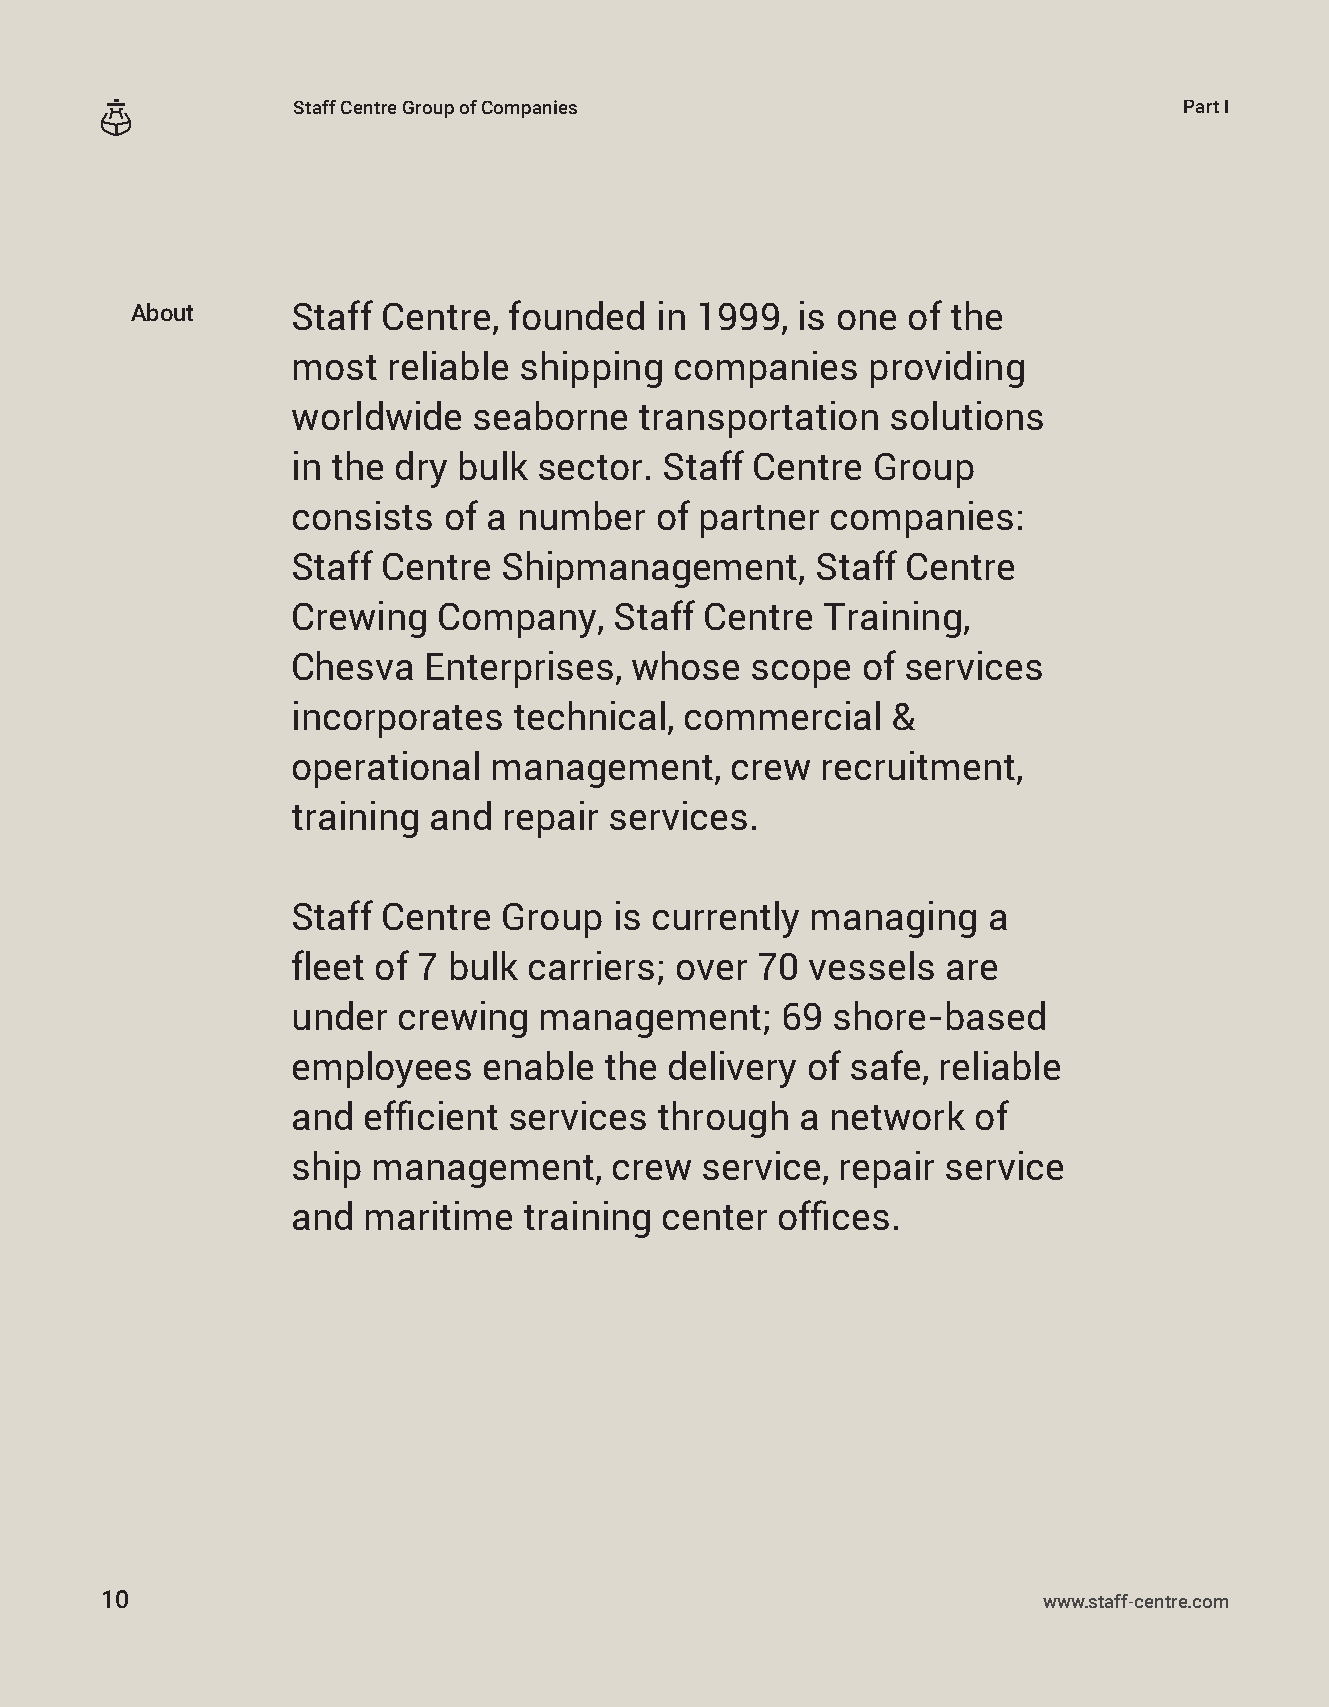
Staff Centre Group of Companies                            Part I
 About     Staff Centre,  founded  in 1999,  is one of the
 most   reliable shipping  companies   providing
 worldwide   seaborne   transportation   solutions
 in the dry bulk  sector. Staff Centre  Group
 consists  of a number   of partner  companies:
 Staff Centre  Shipmanagement,      Staff Centre
 Сrewing   Company,    Staff Centre  Training,
 Chesva   Enterprises,  whose   scope  of services
 incorporates   technical, commercial    &
 operational   management,    crew  recruitment,
 training and  repair services.
 Staff Centre  Group   is currently managing   a
 fleet of 7 bulk carriers; over 70  vessels  are
 under  crewing   management;     69 shore-based
 employees    enable  the delivery of safe, reliable
 and  efficient services  through  a network  of
 ship  management,    crew  service, repair  service
 and  maritime   training center offices.
 10                                                            www.staff-centre.com